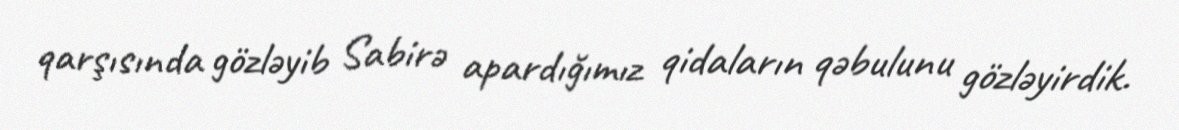
qarşısında gözləyib Sabirə apardığımız qidaların qəbulunu gözləyirdik.